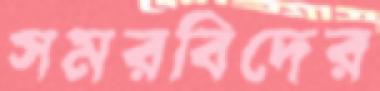
সমরবিদের